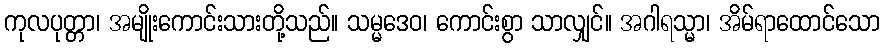
ကုလပုတ္တာ၊ အမျိုးကောင်းသားတို့သည်။ သမ္မဒေဝ၊ ကောင်းစွာ သာလျှင်။ အဂါရသ္မာ၊ အိမ်ရာထောင်သော